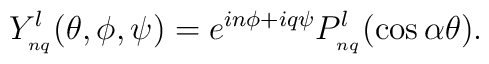
Y_{_{nq}}^{l}(\theta ,\phi ,\psi)=e^{in\phi +iq\psi}P_{_{nq}}^{l}(\cos\alpha\theta).